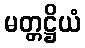
မတ္တဋ္ဌိယံ